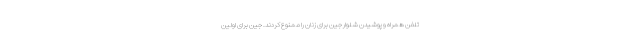
تلفن همراه و پوشیدن شلوار جین برای زنان را ممنوع کردند. جین برای اولین